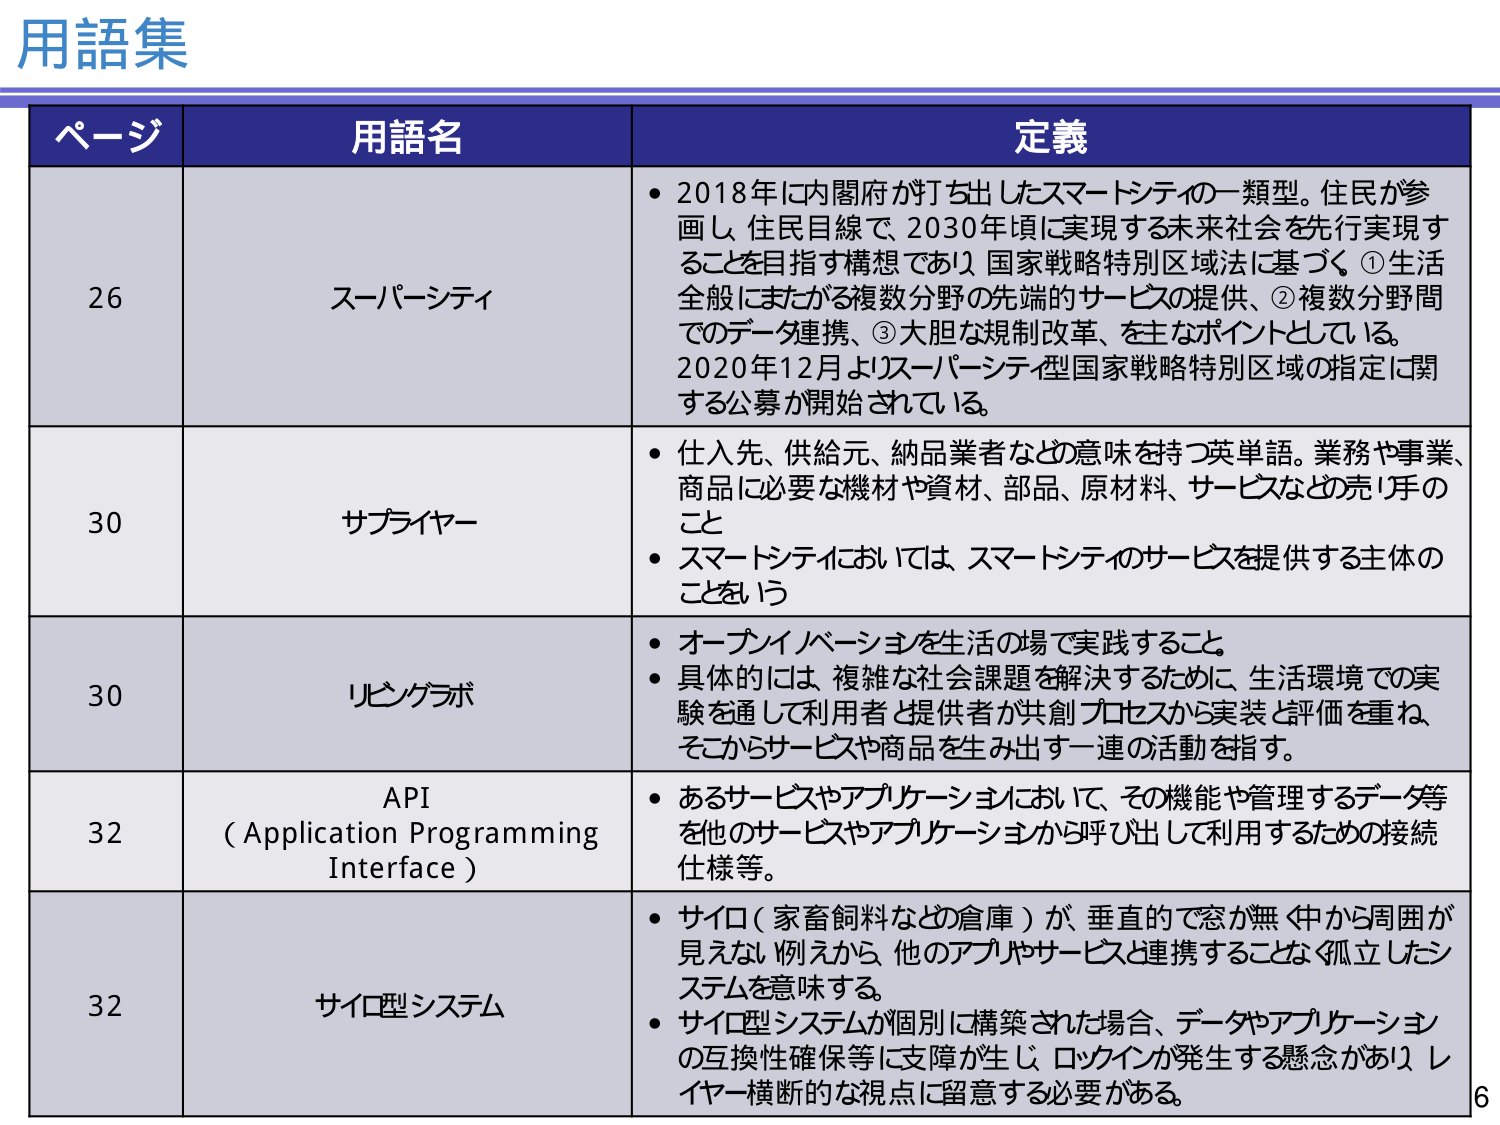
用語集

ページ	用語名	定義
26	スーパーシティ	・2018年に内閣府が打ち出したスマートシティの一類型。住民が参画し、住民目線で2030年頃に実現する未来社会を先行実現することを目指す構想であり、国家戦略特別区域法に基づく、①生活全般にまたがる複数分野の先端的サービスの提供、②複数分野間でのデータ連携、③大胆な規制改革、を主なポイントとしている。2020年12月よりスーパーシティ型国家戦略特別区域の指定に関する公募が開始されている。
30	サプライヤー	・仕入先、供給元、納品業者などの意味を持つ英単語。業務や事業、商品に必要な機材や資材、部品、原材料、サービスなどの売り手のこと
・スマートシティにおいては、スマートシティのサービスを提供する主体のことをいう
30	リビングラボ	・オープンイノベーションを生活の場で実践すること。
・具体的には、複雑な社会課題を解決するために、生活環境での実験を通じて利用者と提供者が共創プロセスから実装と評価を重ね、そこからサービスや商品を生み出す一連の活動を指す。
32	API（Application Programming Interface）	・あるサービスやアプリケーションにおいて、その機能や管理するデータ等を他のサービスやアプリケーションから呼び出して利用するための接続仕様等。
32	サイロ型システム	・サイロ（家畜飼料などの倉庫）が垂直的で窓が無く中から周囲が見えない。例えから、他のアプリやサービスと連携することなく孤立したシステムを意味する。
・サイロ型システムが個別に構築された場合、データやアプリケーションの互換性確保等に支障が生じ、ロックインが発生する懸念があり、レイヤー横断的な視点に留意する必要がある。

6